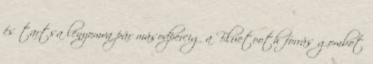
és tartsa lenyomva pár másodpercig a Bluetooth forrás gombot